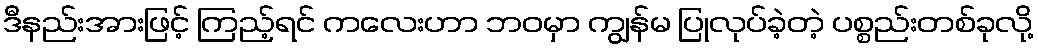
ဒီနည်းအားဖြင့် ကြည့်ရင် ကလေးဟာ ဘဝမှာ ကျွန်မ ပြုလုပ်ခဲ့တဲ့ ပစ္စည်းတစ်ခုလို့